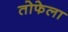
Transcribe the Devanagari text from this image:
तोफेला